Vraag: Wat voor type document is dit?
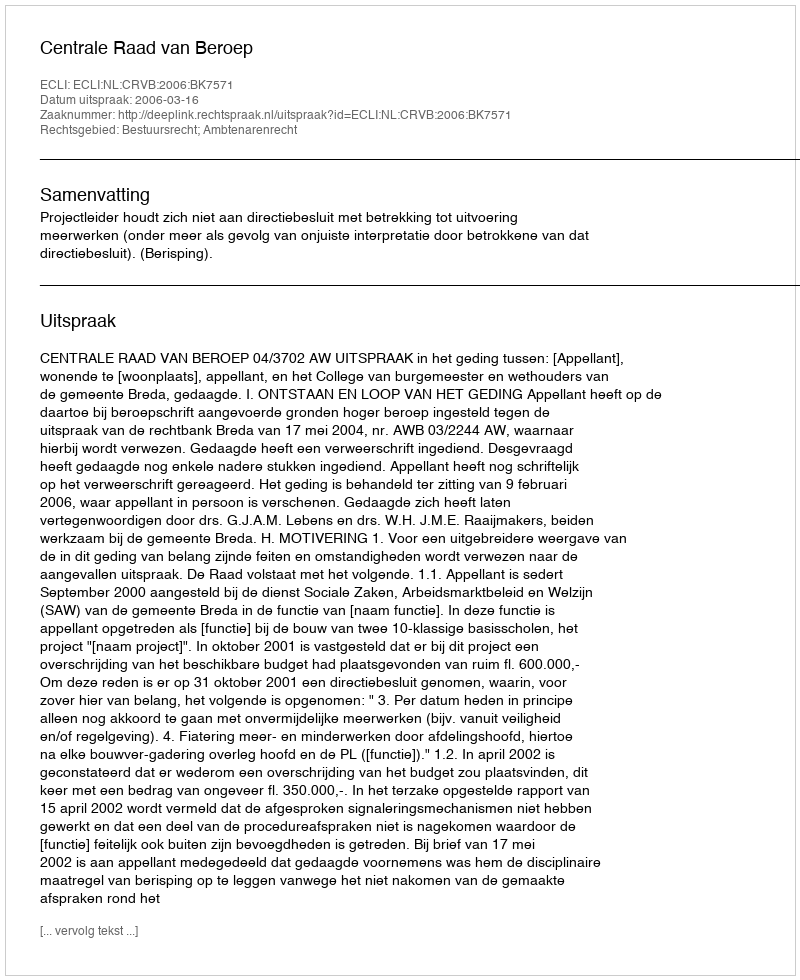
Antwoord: Uitspraak